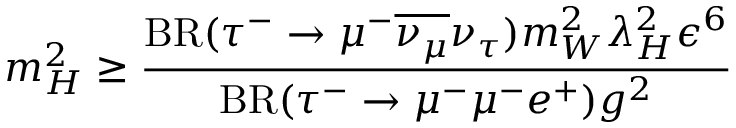
m _ { H } ^ { 2 } \geq \frac { \mathrm { B R } ( \tau ^ { - } \rightarrow \mu ^ { - } \overline { { { \nu _ { \mu } } } } \nu _ { \tau } ) m _ { W } ^ { 2 } \lambda _ { H } ^ { 2 } \epsilon ^ { 6 } } { \mathrm { B R } ( \tau ^ { - } \rightarrow \mu ^ { - } \mu ^ { - } e ^ { + } ) g ^ { 2 } }